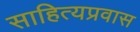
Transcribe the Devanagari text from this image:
साहित्यप्रवास